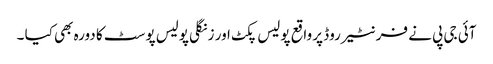
آئی جی پی نے فرنٹیر روڈ پر واقع پولیس پکٹ اور زنگلی پولیس پوسٹ کا دورہ بھی کیا ۔